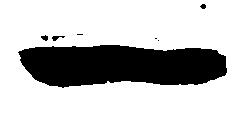
一